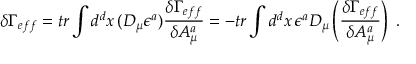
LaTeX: \delta \Gamma _ { e f f } = t r \int d ^ { d } x \, ( D _ { \mu } \epsilon ^ { a } ) \frac { \delta \Gamma _ { e f f } } { \delta A _ { \mu } ^ { a } } = - t r \int d ^ { d } x \, \epsilon ^ { a } D _ { \mu } \left( \frac { \delta \Gamma _ { e f f } } { \delta A _ { \mu } ^ { a } } \right) \; .